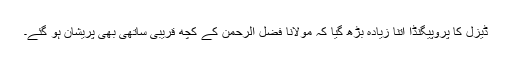
ڈیزل کا پروپیگنڈا اتنا زیادہ بڑھ گیا کہ مولانا فضل الرحمٰن کے کچھ قریبی ساتھی بھی پریشان ہو گئے۔